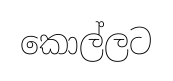
කොල්ලට